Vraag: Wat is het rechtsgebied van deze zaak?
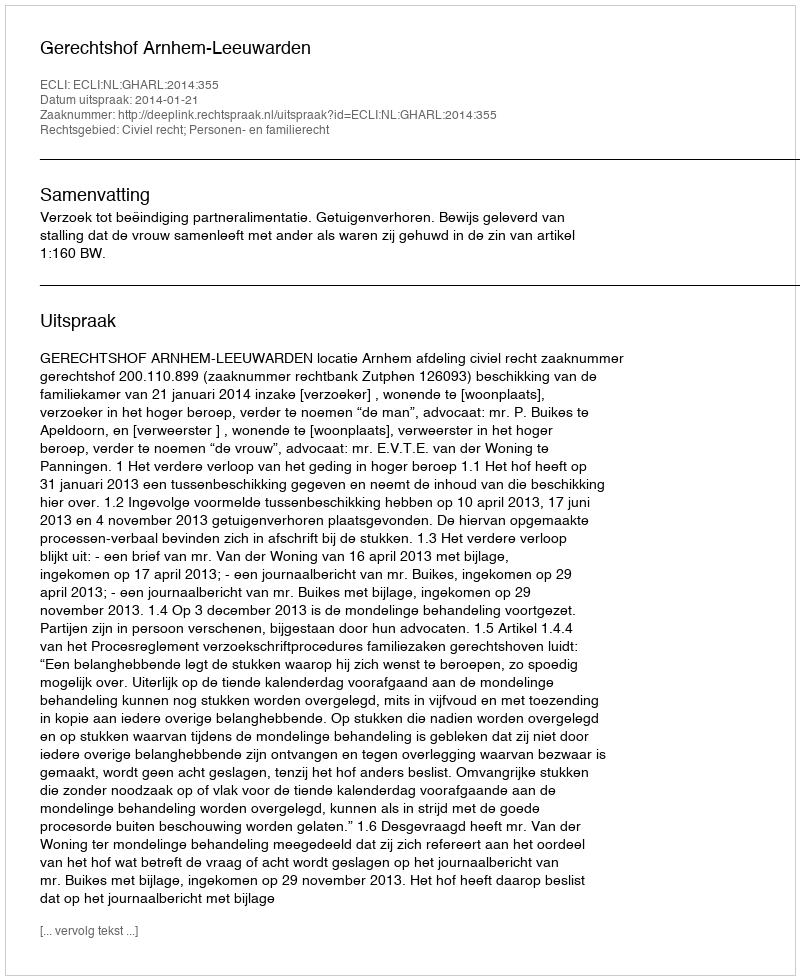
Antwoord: Civiel recht; Personen- en familierecht